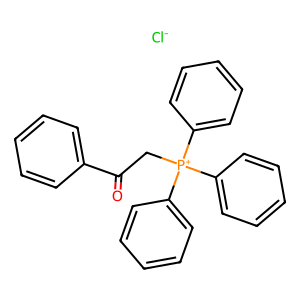
SMILES: O=C(C[P+](c1ccccc1)(c1ccccc1)c1ccccc1)c1ccccc1.[Cl-]
Inhibits HIV replication: No